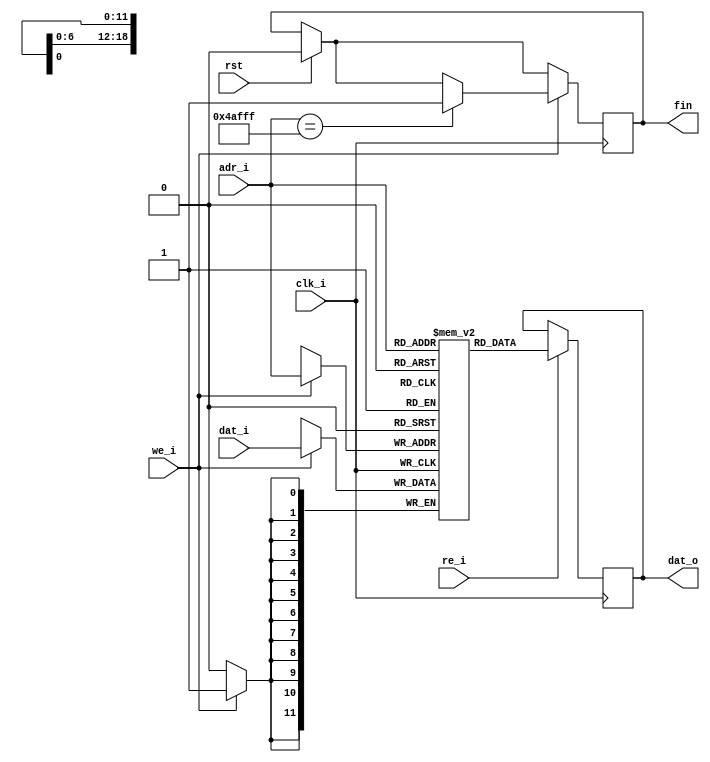
module RAM_pantalla (
	input		clk_i,
	input		rst,

	input		we_i,
	input		re_i,
	//
	input      [18:0] adr_i,
	input      [11:0] dat_i,
	output reg [11:0] dat_o,
	output reg fin);

parameter word_depth = 307200; //640 x480
parameter word_width = 8;

reg [11:0] ram [0:word_depth-1];
initial
begin
fin=0;
dat_o=0;
end

always @(posedge clk_i)
begin
	if(rst)
		fin<=0;
	if (we_i)
		begin
		ram[ adr_i ] <= dat_i;
		if(adr_i==(word_depth-1))  
			fin<=1;
		end 
end

always @(posedge clk_i)
	begin
	if(re_i)
		dat_o <= ram[ adr_i ];
	end

endmodule